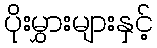
ပိုးမွှားများနှင့်